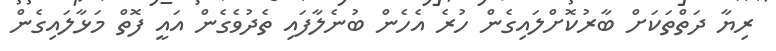
ރިޔާ ދަތްތަކަށް ބާރުކޮށްލައިގެން ހުރެ އެހެން ބުނެލާފައި ތެދުވެގެން އައީ ފޮތް މަޅާލައިގެން